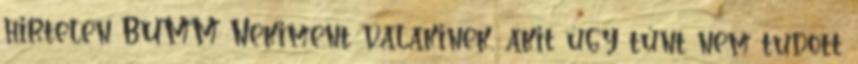
hirtelen BUMM Nekiment valakinek, akit úgy tűnt nem tudott